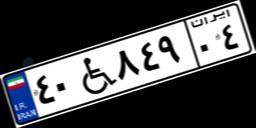
۴۰W۸۴۹۰۴